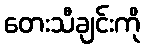
တေးသီချင်းကို